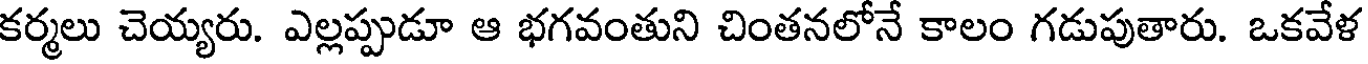
కర్మలు చెయ్యరు. ఎల్లప్పుడూ ఆ భగవంతుని చింతనలోనే కాలం గడుపుతారు. ఒకవేళ